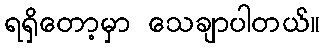
ရရှိတော့မှာ သေချာပါတယ်။